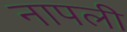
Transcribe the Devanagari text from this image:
नापली